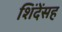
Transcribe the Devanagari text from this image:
शिंदेंसह